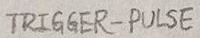
Text: TRIGGER-PULSE